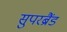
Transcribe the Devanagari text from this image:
सुपरब्रैंड